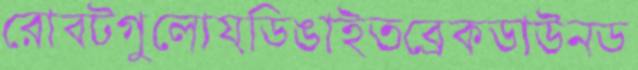
রোবটগুলোয়ডিঙাইতব্রেকডাউনড